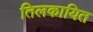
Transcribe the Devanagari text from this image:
तिलकायित